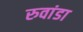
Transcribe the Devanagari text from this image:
रुवांडा